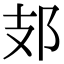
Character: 𨙸